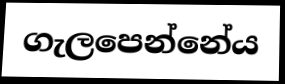
ගැලපෙන්නේය